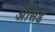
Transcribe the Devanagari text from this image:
ॲेसिड